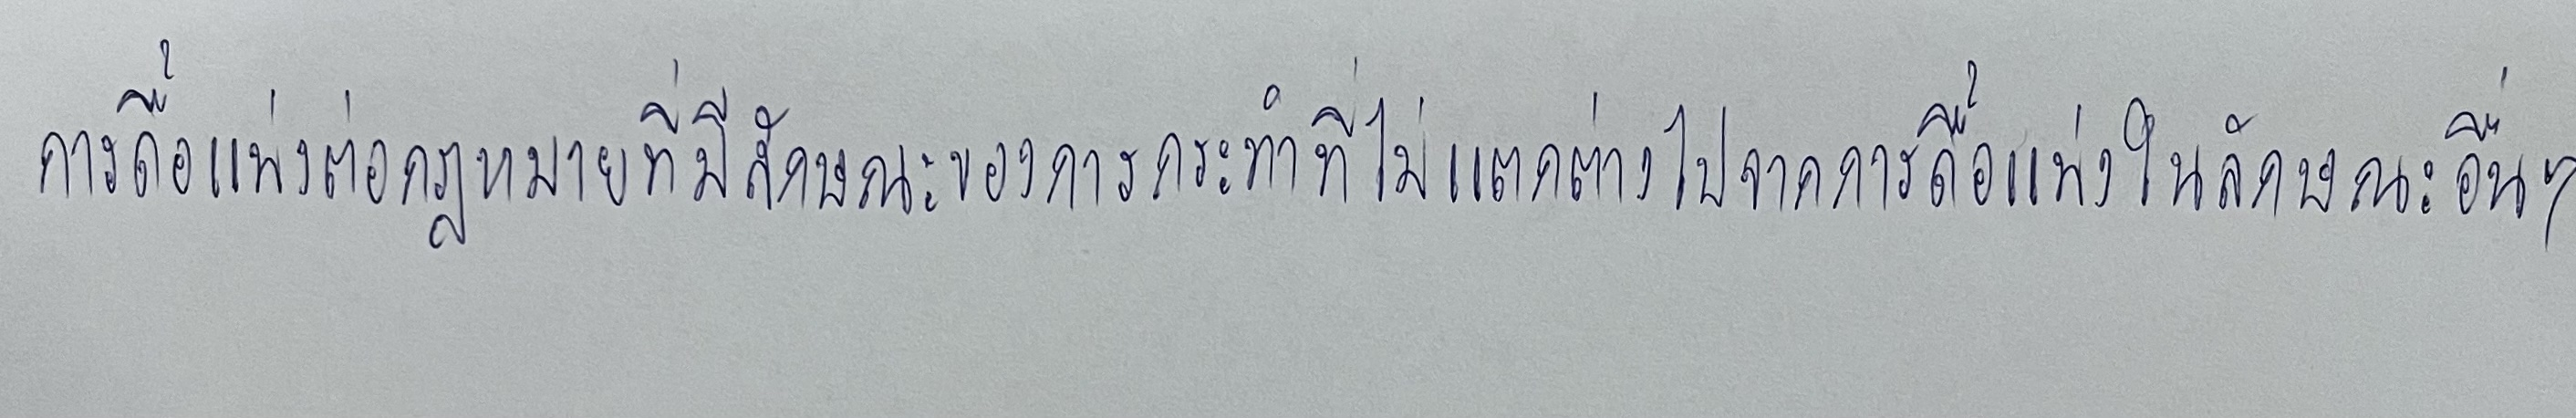
การดื้อแพ่งต่อกฎหมายที่มีลักษณะของการกระทำที่ไม่แตกต่างไปจากการดื้อแพ่งในลักษณะอื่นๆ